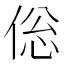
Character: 倊